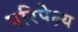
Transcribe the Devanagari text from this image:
परिपेक्ष्‍य